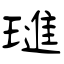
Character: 璡